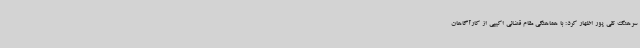
سرهنگ تقی پور اظهار کرد: با هماهنگی مقام قضائی اکیپی از کارآگاهان